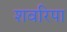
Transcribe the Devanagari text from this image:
शवरिपा